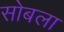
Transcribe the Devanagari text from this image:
सोबला